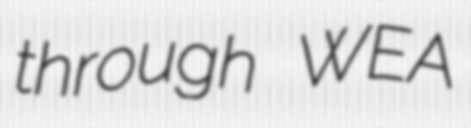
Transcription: through WEA